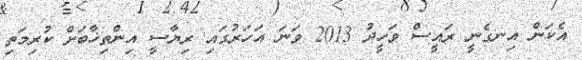
އެކަން އިނގެނީ ރައީސް ވަހީދު 2013 ވަނަ އަހަރުގައި ރިޔާސީ އިންތިޚާބަށް ކުރިމަތި